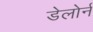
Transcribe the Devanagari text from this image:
डेलोर्न